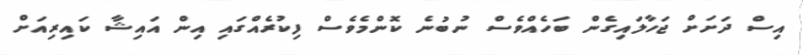
އިސް ދަށަށް ޖަހާލައިގެން ބަހެއްވެސް ނުބުނެ ކޮންމެވެސް ފިކުރެއްގައި އިން އައިޝާ ކައިރިއަށް